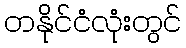
တနိုင်ငံလုံးတွင်